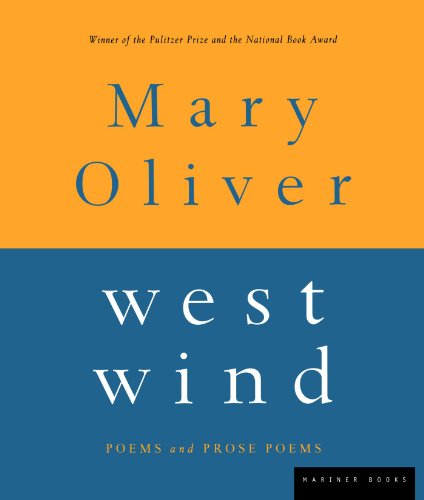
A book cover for West Wind: Poems and Prose Poems; Mary Oliver; Literature & Fiction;